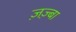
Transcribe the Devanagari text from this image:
ज़ज़्बा